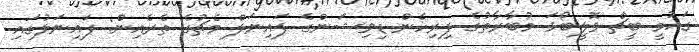
ގައުމީ ބީޗް ވޮލީބޯޅަ މުބާރާތުގެ ފިރިހެން ޑިވިޝަންގެ ފައިނަލް މެޗުގެ ތެރެއިން: ފައިނަލުގައި